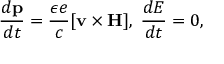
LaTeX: { \frac { d { \bf p } } { d t } } = { \frac { \epsilon e } { c } } [ { \bf v } \times { \bf H } ] , \; { \frac { d E } { d t } } = 0 ,